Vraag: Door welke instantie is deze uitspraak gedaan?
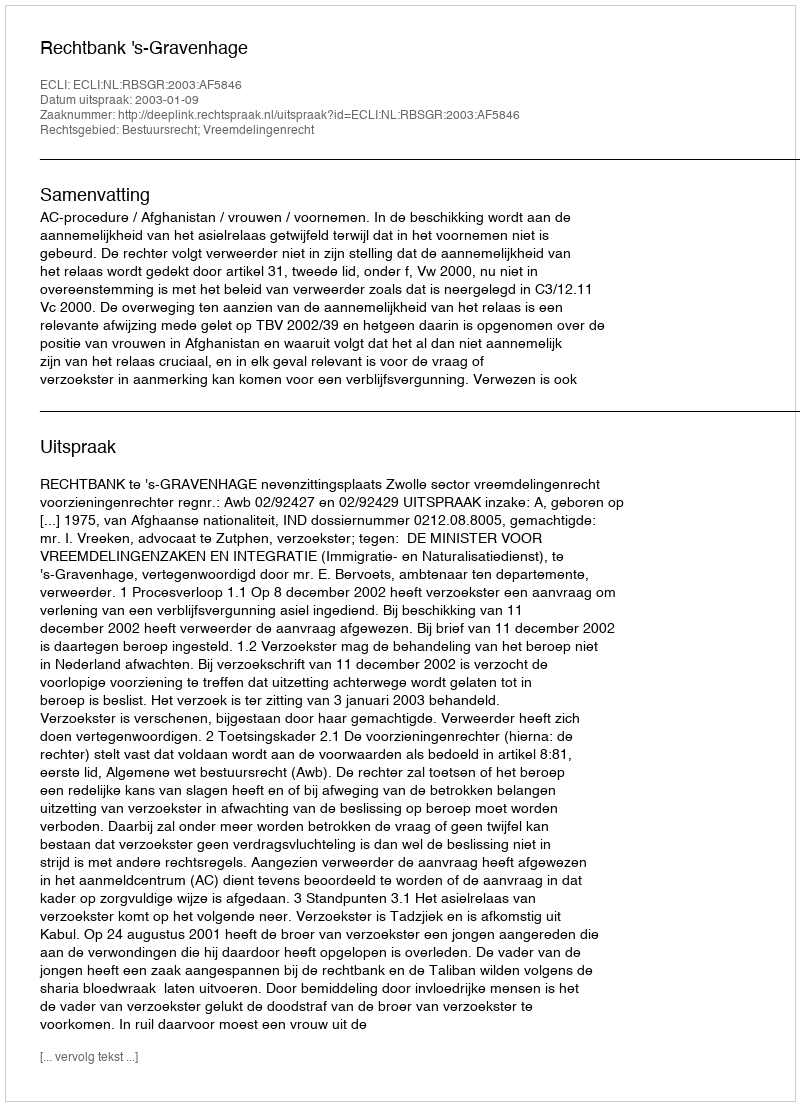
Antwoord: Rechtbank 's-Gravenhage